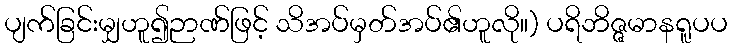
ပျက်ခြင်းမျှဟူ၍ဉာဏ်ဖြင့် သိအပ်မှတ်အပ်၏ဟူလို။) ပရိဘိဇ္ဇမာနရူပပ